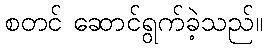
စတင် ဆောင်ရွက်ခဲ့သည်။